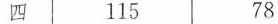
四 115 78